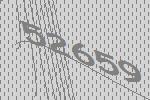
52659